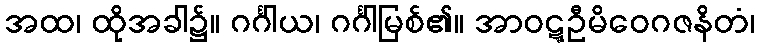
အထ၊ ထိုအခါ၌။ ဂင်္ဂါယ၊ ဂင်္ဂါမြစ်၏။ အာဝဋ္ဋဦမိဝေဂဇနိတံ၊